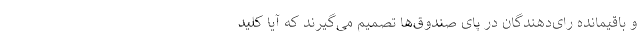
و باقیمانده رای‌دهندگان در پای صندوق‌ها تصمیم می‌گیرند که آیا کلید